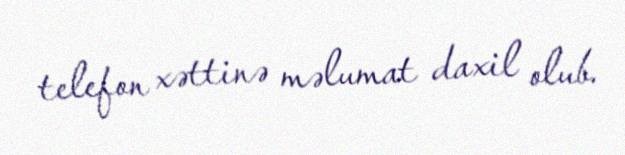
telefon xəttinə məlumat daxil olub.